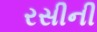
રસીની